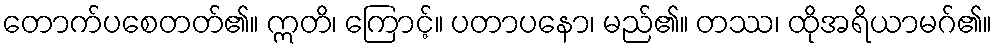
တောက်ပစေတတ်၏။ ဣတိ၊ ကြောင့်။ ပတာပနော၊ မည်၏။ တဿ၊ ထိုအရိယာမဂ်၏။